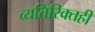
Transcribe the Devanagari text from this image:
व्यतिरिक्तही